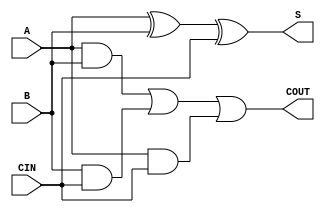
`timescale 1ns / 1ps
//////////////////////////////////////////////////////////////////////////////////
// Company: 
// Engineer: 
// 
// Design Name: 
// Module Name: mbledhesi1bit
// Project Name: 
// Target Devices: 
// Tool Versions: 
// Description: 
// 
// Dependencies: 
// 
// Revision:
// Revision 0.01 - File Created
// Additional Comments:
// 
//////////////////////////////////////////////////////////////////////////////////


module Mbledhesi1bit(
input  A,
input B,
input CIN,
output COUT,
output S);
wire teli1Dhe,teli2Dhe,teli3Dhe;
assign S=A^B^CIN;
assign teli1Dhe=A&B;
assign teli2Dhe=B&CIN;
assign teli3Dhe=A&CIN;
assign COUT=teli1Dhe | teli2Dhe|teli3Dhe;
endmodule